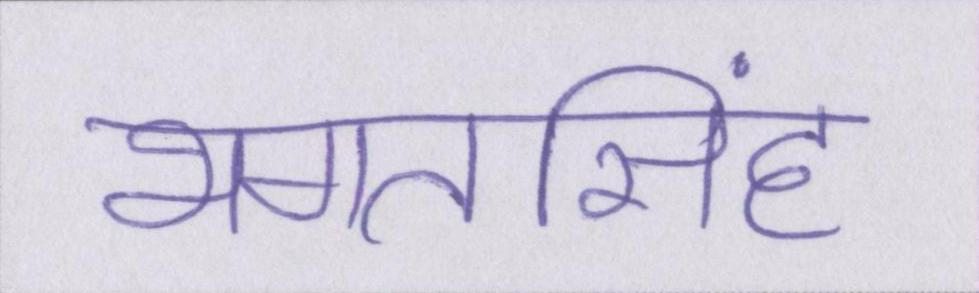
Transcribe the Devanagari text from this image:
भगतसिंह